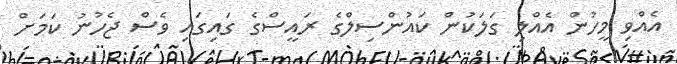
އެއްވި މީހުން އެއްލި ގަލަކުން ކައުންސިލްގެ ރައީސްގެ ގައިގައި ވެސް ޖެހުނު ކަމަށް